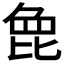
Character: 𣬋